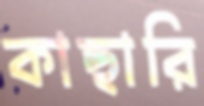
কাছারি